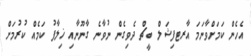
އެހެން ކަމަށްވާނަމަ އާރޓފިޝަލް ބީޗް ދެވިގެން ނުވާނެ ގާނޫނާއި ޚިލާފު ކަމެއް ކުރުމަށް